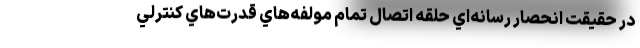
در حقيقت انحصار رسانه‌اي حلقه اتصال تمام مولفه‌هاي قدرت‌هاي كنترلي